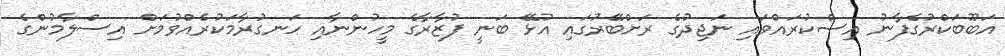
އަބޫބަކްރުގެފާނު އިސްކުރައްވައި ނަޖިދުގެ ރަށްބޭރުގައި އުޅޭ ބަނީ ފުޒާރާގެ މީހުންނާއި ހަނގުރާމަކުރެއްވުމަށް އިސްލާމުންގެ